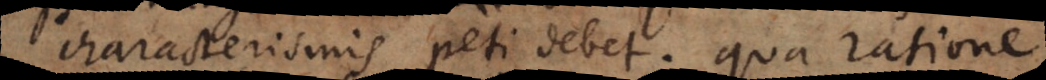
characterismis peti debet; qua ratione